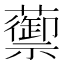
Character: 蘌